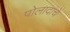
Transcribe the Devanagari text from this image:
पोलादांचे